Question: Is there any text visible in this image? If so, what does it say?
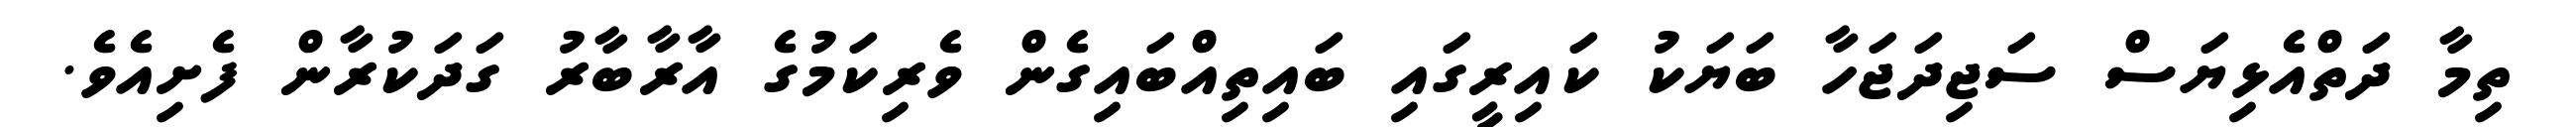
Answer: ތިމާ ދަތްއެޅިޔަސް ސަޖިދަޖަހާ ބަޔަކު ކައިރީގައި ބައިތިއްބައިގެން ވެރިކަމުގެ އާރާބާރު ގަދަކުރާން ފެށިއެވެ.